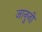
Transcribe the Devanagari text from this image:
जानुनी